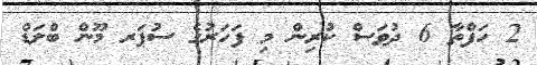
2 ހަފްތާ 6 ދުވަސް ކުރިން މި ފަހަރުގެ ސުޕަރ މޫން ބްލަޑް